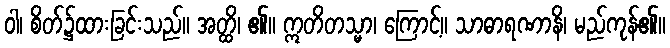
ဝါ၊ စိတ်၌ထားခြင်းသည်။ အတ္ထိ၊ ၏။ ဣတိတသ္မာ၊ ကြောင့်။ သာဓာရဏာနိ၊ မည်ကုန်၏။